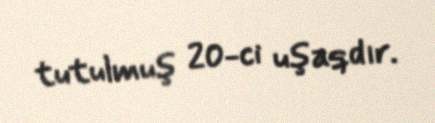
tutulmuş 20-ci uşaqdır.